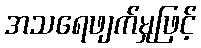
အသရေဖျက်မှုဖြင့်